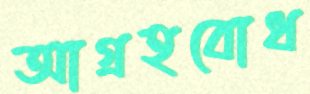
আগ্রহবোধ